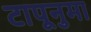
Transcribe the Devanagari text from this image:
टापूनुमा